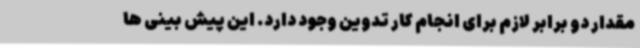
مقدار دو برابر لازم برای انجام کار تدوین وجود دارد. این پیش بینی ها